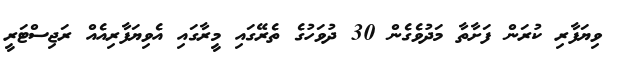
ވިޔަފާރި ކުރަން ފަށާތާ މަދުވެގެން 30 ދުވަހުގެ ތެރޭގައި މީރާގައި އެވިޔަފާރިއެއް ރަޖިސްޓަރީ